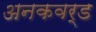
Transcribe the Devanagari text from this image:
अनकवर्ड